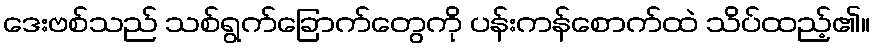
ဒေးဗစ်သည် သစ်ရွက်ခြောက်တွေကို ပန်းကန်စောက်ထဲ သိပ်ထည့်၏။